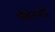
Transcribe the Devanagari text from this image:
गोर्धनभाई